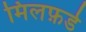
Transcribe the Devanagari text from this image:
मिलफ़र्ड